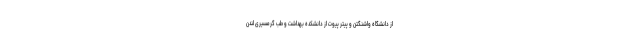
از دانشگاه واشنگتن و پیتر پیوت از دانشکده بهداشت و طب گرمسیری لندن